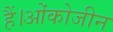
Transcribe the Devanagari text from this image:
हैं।ओंकोजीन